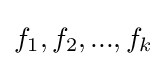
f_{1},f_{2},...,f_{k}